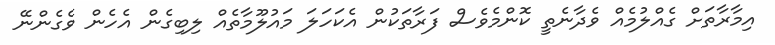
އިމާރާތަށް ގެއްލުމެއް ވެދާނެތީ ކޮންމެވެސް ފަރާތަކުން އެކަހަލަ މައުލޫމާތެއް ލިބިގެން އެހެން ވެގެންނޭ